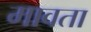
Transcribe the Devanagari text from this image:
मावता